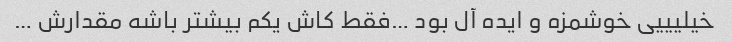
خیلیییی خوشمزه و ایده آل بود …فقط کاش یکم بیشتر باشه مقدارش …